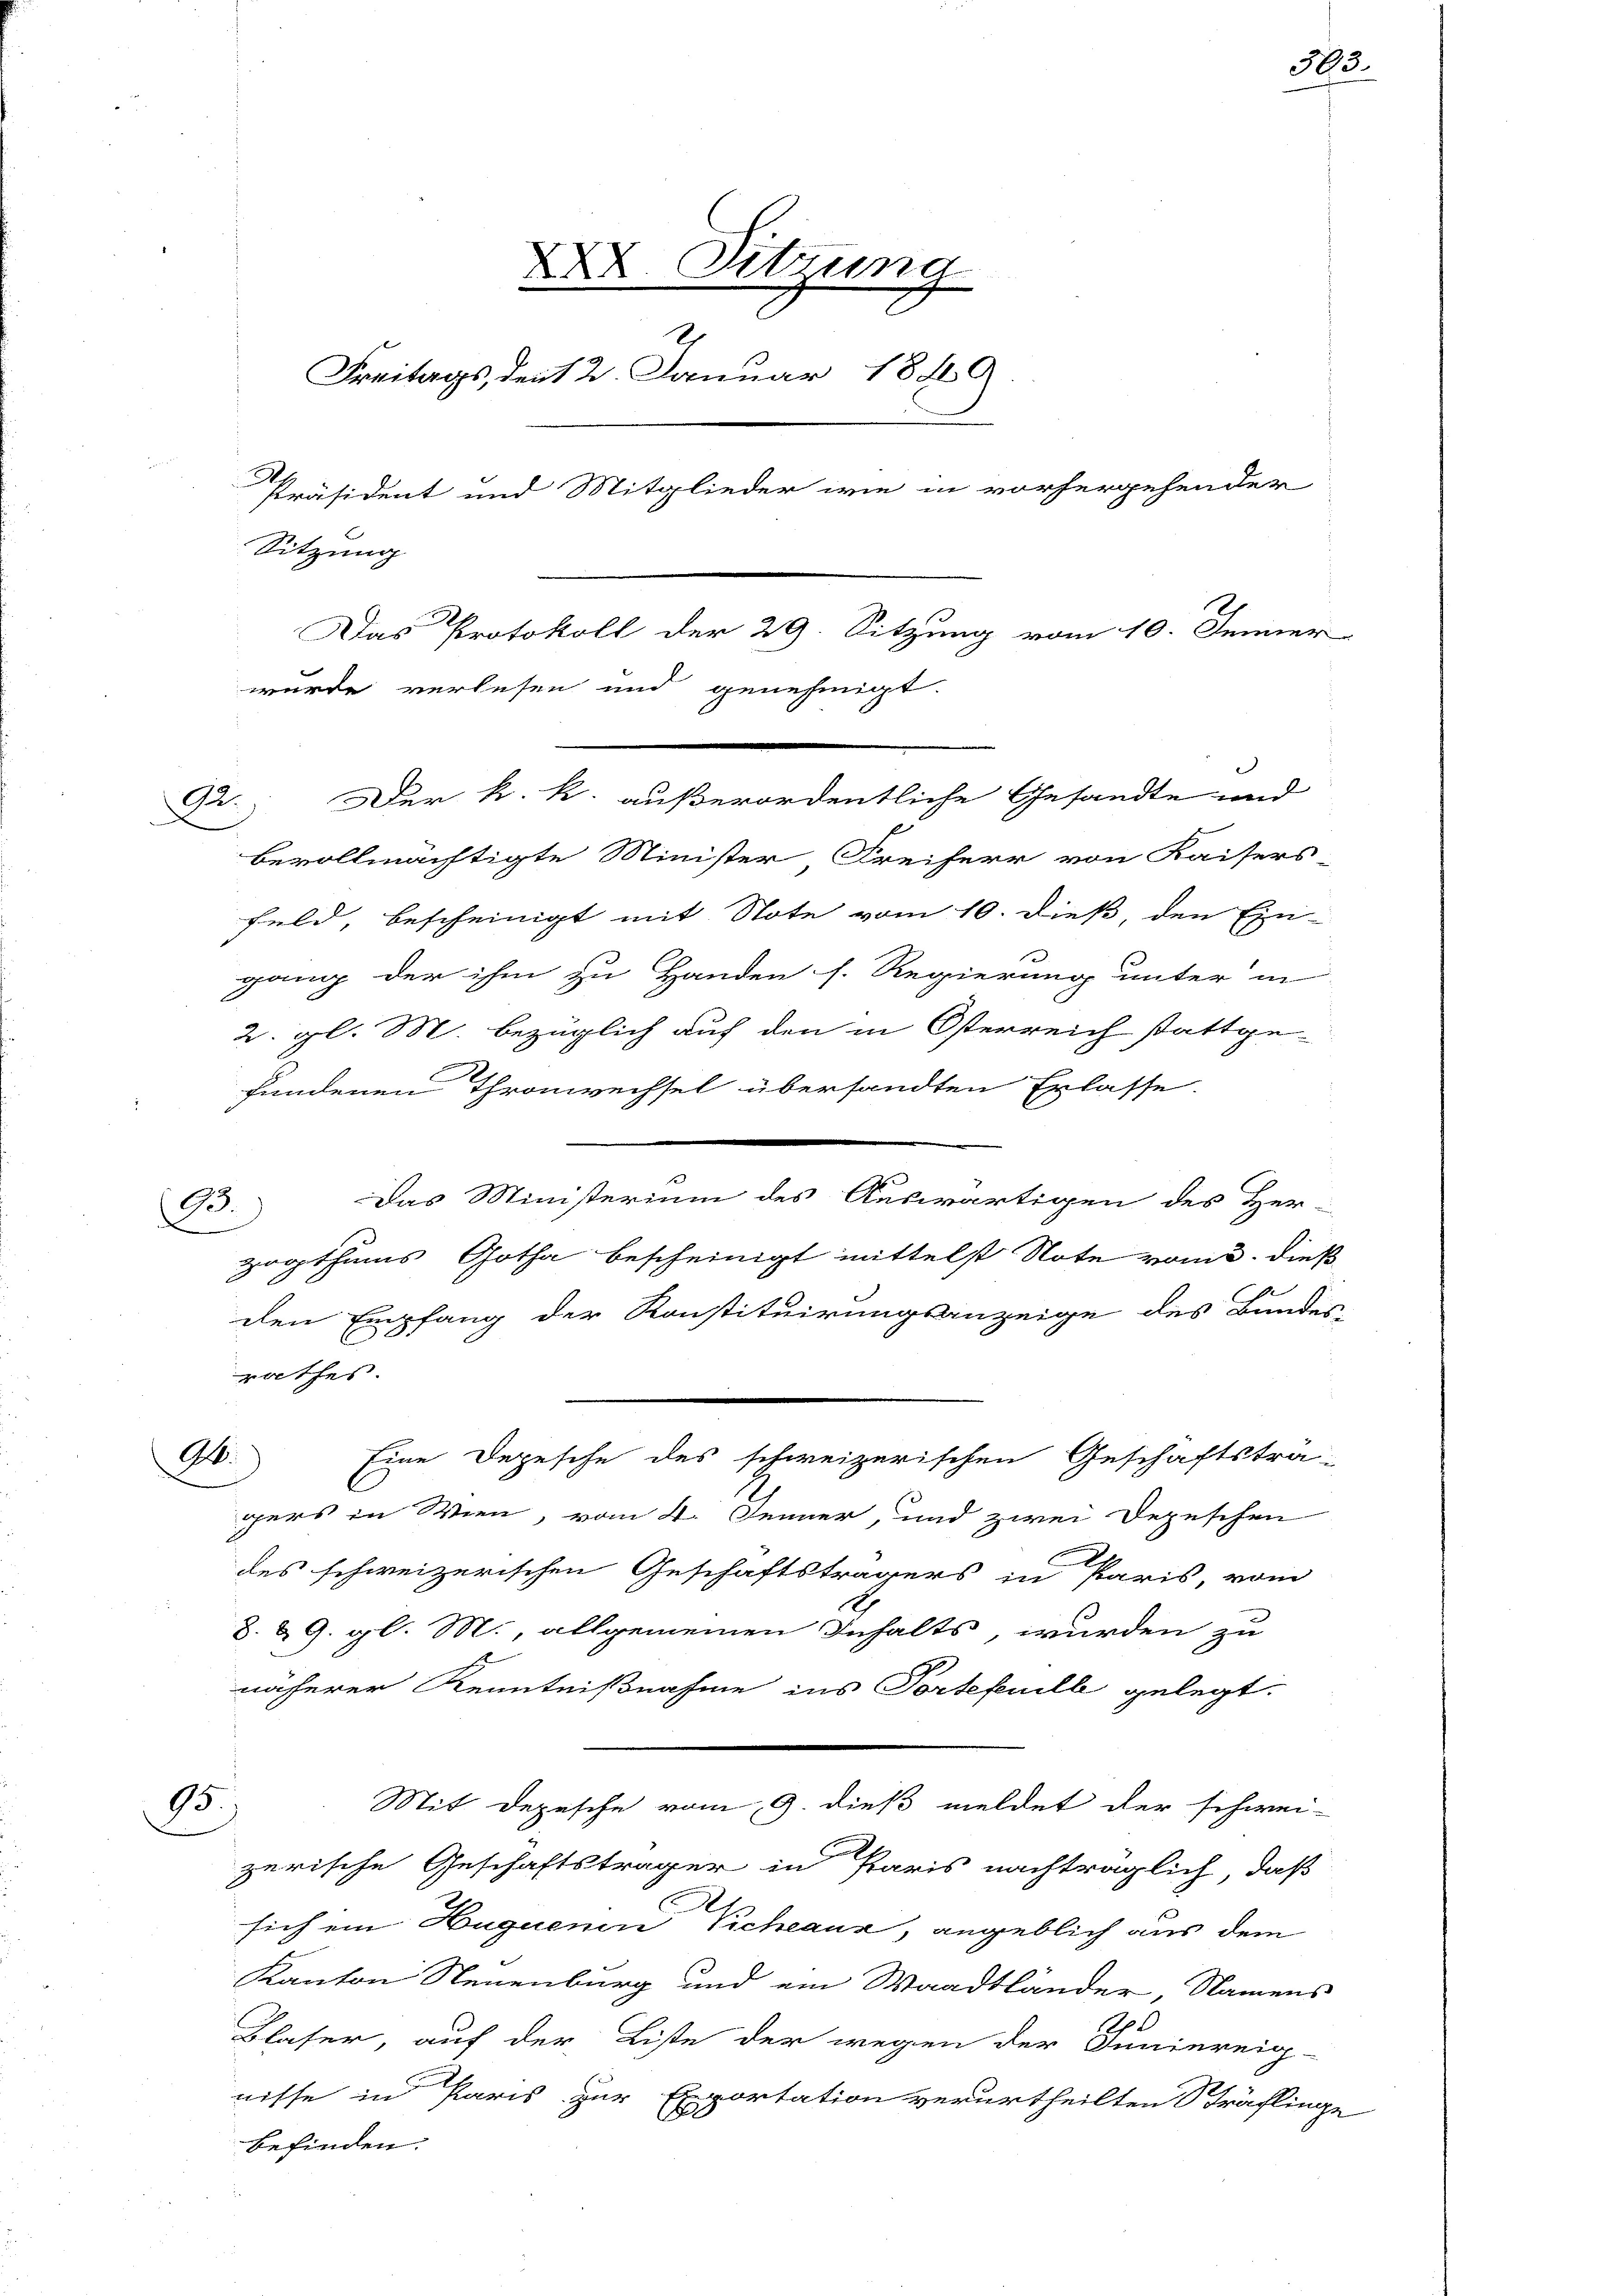
d

22.

A.

X. Sitzung
1
Freitags, den 2. Januar 1849.
Präsident und Mitglieder wie in vorhergehender
Sitzung
.
Das Protokoll der 29. Sitzung vom 10. Jenner
wurde verlesen und genehmigt.

M.

Der k. k. außerordentliche Gesandte und
e
bevollmächtigte Minister Freiherr von Kaisers
feld, bescheinigt mit Note vom 10. dieß, den Ein-
gang der ihm zu Handen s. Regierung unter in
2. gl. M. bezüglich auf den in Österreich stattge-
fundenen Thronwechsel übersandten Erlasse.
Das Ministerium des Auswärtigen des Her-
zogthums Gotha bescheinigt mittelst Note vom 3. dieß
dlen Empfang der Konstituirungsanzeige des Bundes-
rathes.
Eine Depesche des schweizerischen Geschäftsträ-
gers in Wien, vom 4. Jenner, und zwei Depeschen
des schweizerischen Geschäftsträgers in Paris, vom
8 & 9. gl. M., allgemeinen Inhalts, wurden zu
näherer Kenntnißnahme ins Portefeuill gelegt.
Mit Depesche vom 9. dieß meldet der schwei-
85.)
zerische Geschäftsträger in Paris nachträglich, daß
sich ein Huguenin Vicheaux, angeblich aus dem
Kanton Neuenburg und ein Waadtländer, Namens
1
Blaser, auf der Liste der wegen der Inniereig-
nisse in Paris zur Exportation verurtheilten Sträflinge
befinden.

303.